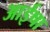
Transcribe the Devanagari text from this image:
आईषा